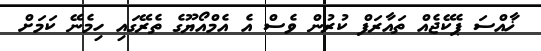
ޚާއްސަ ޕެކޭޖެއް ތައާރަފް ކުރުން ވެސް އެ އެމްއޯޔޫގެ ތެރޭގައި ހިމެނޭ ކަމަށް